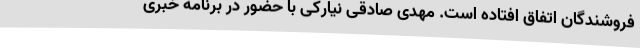
فروشندگان اتفاق افتاده است. مهدی صادقی نیارکی با حضور در برنامه خبری